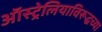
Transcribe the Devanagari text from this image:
ऑस्ट्रेलियाविरूद्धच्या